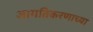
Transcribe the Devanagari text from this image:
जागतिकरणाच्या